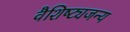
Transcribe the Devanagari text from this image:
वैशिष्ट्यजन्य